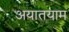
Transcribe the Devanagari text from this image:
अयातयाम